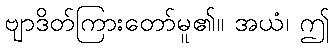
ဗျာဒိတ်ကြားတော်မူ၏။ အယံ၊ ဤ